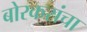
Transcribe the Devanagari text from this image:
बोरकरांचा